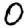
Digit: 0